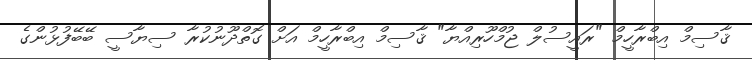
ޤާސިމް އިބްރާހީމް "ރައީސުލް ޖުމްހޫރިއްޔާ" ޤާސިމް އިބްރާހީމް އަށް ގޮތްދޫނުކުރާ ސިޔާސީ ބޭބޭފުޅުންގެ